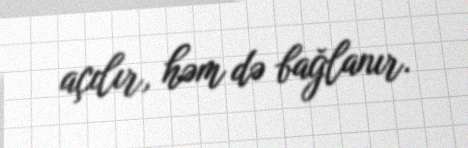
açılır, həm də bağlanır.